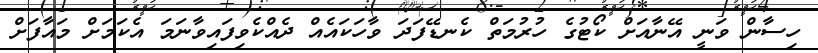
ހިސާން ވަނީ އޭނާއަށް ކޯޓުގެ ހުރުމަތް ކެނޑޭފަދަ ވާހަކައެއް ދެއްކެވިފައިވާނަމަ އެކަމަށް މައާފަށް